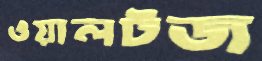
ওয়ালটজ